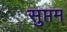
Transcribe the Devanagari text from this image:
सुप्तम